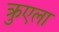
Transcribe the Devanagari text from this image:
क्रुएला